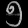
Digit: ၅